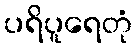
ပရိပူရေတုံ